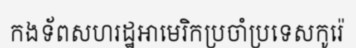
កងទ័ពសហរដ្ឋអាមេរិកប្រចាំប្រទេសកូរ៉េ